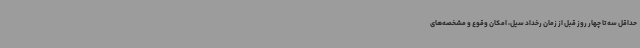
حداقل سه تا چهار روز قبل از زمان رخداد سیل، امکان وقوع و مشخصه‌های